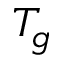
T _ { g }